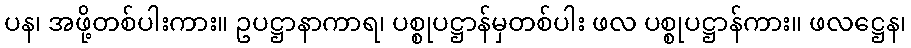
ပန၊ အဖို့တစ်ပါးကား။ ဥပဋ္ဌာနာကာရ၊ ပစ္စုပဋ္ဌာန်မှတစ်ပါး ဖလ ပစ္စုပဋ္ဌာန်ကား။ ဖလဋ္ဌေန၊